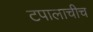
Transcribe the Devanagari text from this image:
टपालाचीच